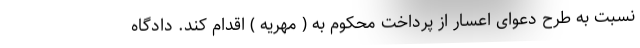
نسبت به طرح دعوای اعسار از پرداخت محکوم به ( مهریه ) اقدام کند. دادگاه